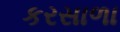
કરસાળા